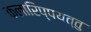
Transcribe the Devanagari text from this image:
कलारिप्पयत्तु